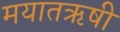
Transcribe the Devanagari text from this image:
मयातऋषी